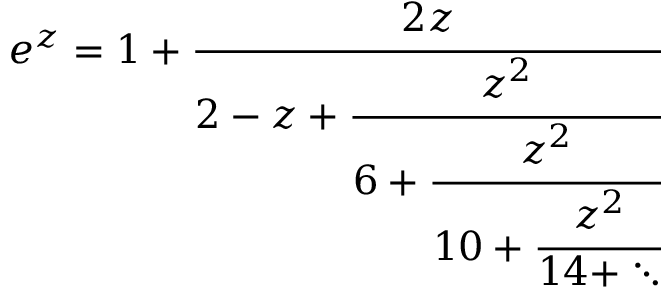
e ^ { z } = 1 + { \cfrac { 2 z } { 2 - z + { \cfrac { z ^ { 2 } } { 6 + { \cfrac { z ^ { 2 } } { 1 0 + { \cfrac { z ^ { 2 } } { 1 4 + \ddots } } } } } } } }